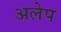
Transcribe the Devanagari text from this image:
अलेप